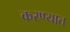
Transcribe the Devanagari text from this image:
करण्यात